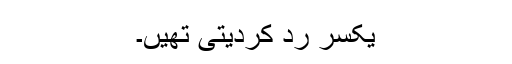
یکسر رد کردیتی تھیں۔